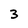
Character: 3